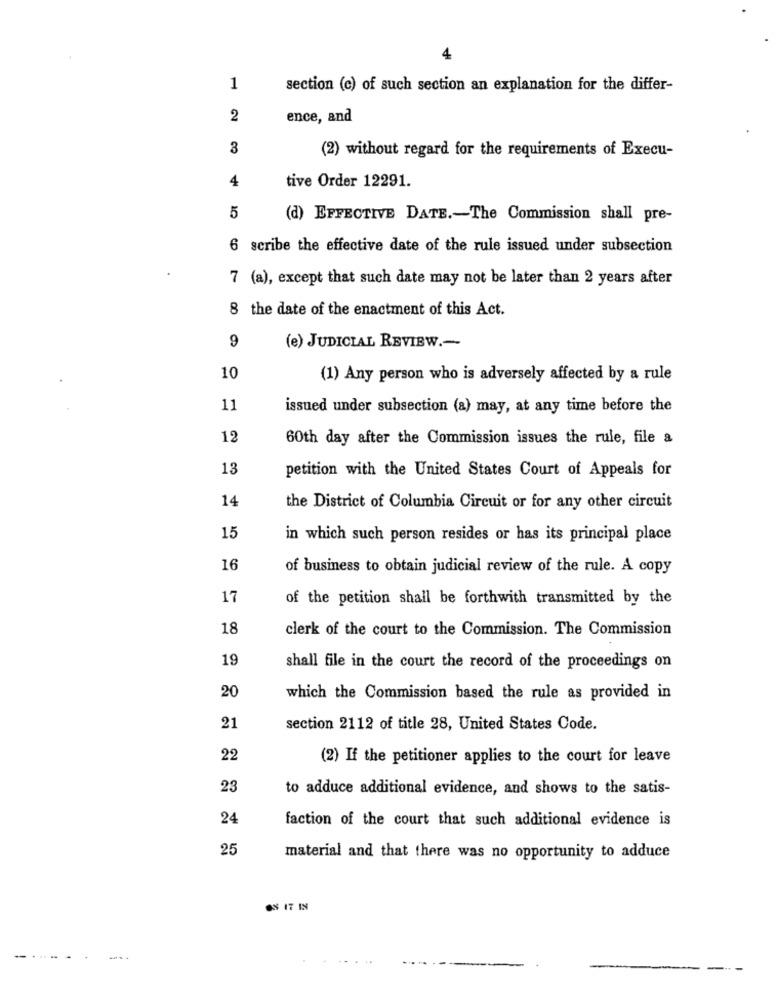
4
1
section (c) of such section an explanation for the differ-
2
ence, and
3
(2) without regard for the requirements of Execu-
tive Order 12291.
4
5
(d) EFFECTIVE DATE .- The Commission shall pre-
6 scribe the effective date of the rule issued under subsection
7 (a), except that such date may not be later than 2 years after
8 the date of the enactment of this Act.
9
(e) JUDICIAL REVIEW .-
10
(1) Any person who is adversely affected by a rule
11
issued under subsection (a) may, at any time before the
12
60th day after the Commission issues the rule, file a
13
petition with the United States Court of Appeals for
14
the District of Columbia Circuit or for any other circuit
15
in which such person resides or has its principal place
16
of business to obtain judicial review of the rule. A copy
17
of the petition shall be forthwith transmitted by the
18
clerk of the court to the Commission. The Commission
19
shall file in the court the record of the proceedings on
20
which the Commission based the rule as provided in
21
section 2112 of title 28, United States Code.
22
(2) If the petitioner applies to the court for leave
23
to adduce additional evidence, and shows to the satis-
24
faction of the court that such additional evidence is
25
material and that there was no opportunity to adduce
-
...
--